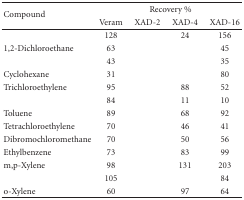
<table><thead><tr><td rowspan="2"><b>Compound</b></td><td colspan="4"><b>Recovery %</b></td></tr><tr><td><b>Veram</b></td><td><b>XAD-2</b></td><td><b>XAD-4</b></td><td><b>XAD-16</b></td></tr></thead><tbody><tr><td>[EMPTY_CELL]</td><td>128</td><td>[EMPTY_CELL]</td><td>24</td><td>156</td></tr><tr><td>1,2-Dichloroethane</td><td>63</td><td>[EMPTY_CELL]</td><td>[EMPTY_CELL]</td><td>45</td></tr><tr><td>[EMPTY_CELL]</td><td>43</td><td>[EMPTY_CELL]</td><td>[EMPTY_CELL]</td><td>35</td></tr><tr><td>Cyclohexane</td><td>31</td><td>[EMPTY_CELL]</td><td>[EMPTY_CELL]</td><td>80</td></tr><tr><td>Trichloroethylene</td><td>95</td><td>[EMPTY_CELL]</td><td>88</td><td>52</td></tr><tr><td>[EMPTY_CELL]</td><td>84</td><td>[EMPTY_CELL]</td><td>11</td><td>10</td></tr><tr><td>Toluene</td><td>89</td><td>[EMPTY_CELL]</td><td>68</td><td>92</td></tr><tr><td>Tetrachloroethylene</td><td>70</td><td>[EMPTY_CELL]</td><td>46</td><td>41</td></tr><tr><td>Dibromochloromethane</td><td>70</td><td>[EMPTY_CELL]</td><td>50</td><td>56</td></tr><tr><td>Ethylbenzene</td><td>73</td><td>[EMPTY_CELL]</td><td>83</td><td>99</td></tr><tr><td>m,p-Xylene</td><td>98</td><td>[EMPTY_CELL]</td><td>131</td><td>203</td></tr><tr><td>[EMPTY_CELL]</td><td>105</td><td>[EMPTY_CELL]</td><td>[EMPTY_CELL]</td><td>84</td></tr><tr><td>o-Xylene</td><td>60</td><td>[EMPTY_CELL]</td><td>97</td><td>64</td></tr></tbody></table>